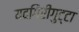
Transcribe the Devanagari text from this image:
यदगिरीगुट्टा